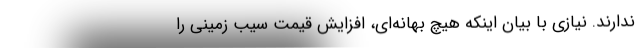
ندارند. نیازی با بیان اینکه هیچ بهانه‌ای، افزایش قیمت سیب زمینی را